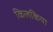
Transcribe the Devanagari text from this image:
किलकिया